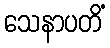
သေနာပတိံ